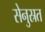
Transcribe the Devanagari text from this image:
सेनुस्रत